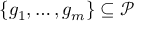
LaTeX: \{ g _ { 1 } , \ldots , g _ { m } \} \subseteq { \mathcal { P } }